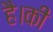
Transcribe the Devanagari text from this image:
है।की